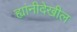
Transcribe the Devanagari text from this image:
ह्यांनीदेखील